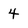
Character: 4